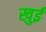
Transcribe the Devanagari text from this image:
खुई